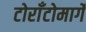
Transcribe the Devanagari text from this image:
टोराँटोमार्गे